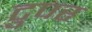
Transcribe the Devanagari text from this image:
टुपर